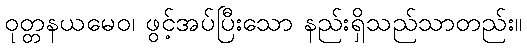
ဝုတ္တနယမေဝ၊ ဖွင့်အပ်ပြီးသော နည်းရှိသည်သာတည်း။